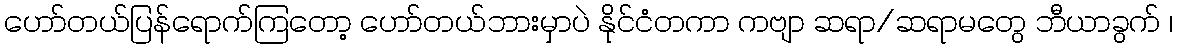
ဟော်တယ်ပြန်ရောက်ကြတော့ ဟော်တယ်ဘားမှာပဲ နိုင်ငံတကာ ကဗျာ ဆရာ/ဆရာမတွေ ဘီယာခွက် ၊